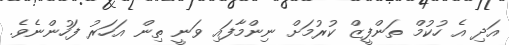
އަދި އެ ހުކުމް ތަންފީޒް ކުރުމަށް ނިންމާފައި ވަނީ ތިން އަހަރު ފަހުންނެވެ.